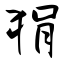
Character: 狷